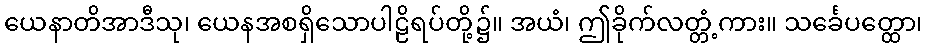
ယေနာတိအာဒီသု၊ ယေနအစရှိသောပါဠိရပ်တို့၌။ အယံ၊ ဤခိုက်လတ္တံ့ကား။ သင်္ခေပတ္ထော၊